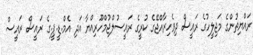
ރައްޔިތުންގެ މަޖިލީހުގެ ރައީސް ދިވެހިރާއްޖޭގެ ކުރީގެ ރައީސުލްޖުމްހޫރިއްޔާ އަދި އެމް.ޑީ.ޕީ.ގެ ރައީސް ރައީސް